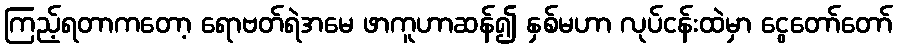
ကြည့်ရတာကတော့ ရောဗတ်ရဲအမေ ဖာကူဟာဆန်၍ နှစ်မဟာ လုပ်ငန်းထဲမှာ ငွေတော်တော်